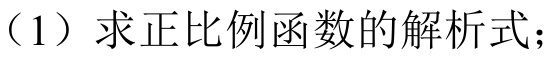
(1) 求正比例函数的解析式；